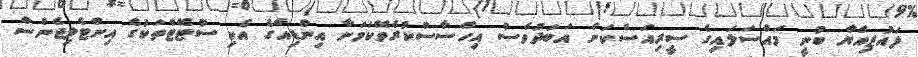
ފައުޒިއްޔާ ބުނީ މައްސަލައިގެ ސީރިއަސްކަން އަބަދުވެސް އިހްސާސްކުރެވޭކަމަށާ އިންޑިއާގެ އެކި ސުޓޭޓްތަކުގެ އިންޓެލިޖެންސް